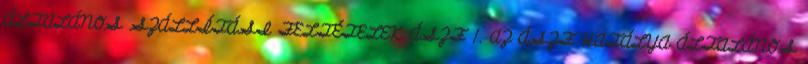
ÁLTALÁNOS SZÁLLÍTÁSI FELTÉTELEK ÁSZF 1. AZ ÁSZF HATÁLYA ÁLTALÁNOS